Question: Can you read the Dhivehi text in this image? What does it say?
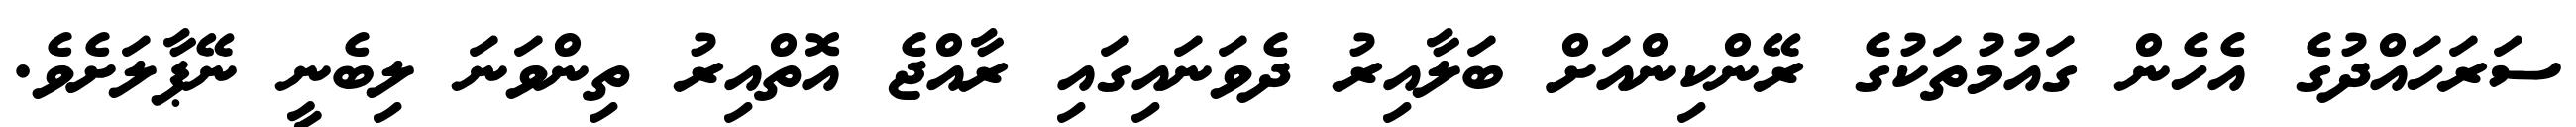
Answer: ސަރަހައްދުގެ އެހެން ގައުމުތަކުގެ ރޭންކިންއަށް ބަލާއިރު ދެވަނައިގައި ރާއްޖެ އޮތްއިރު ތިންވަނަ ލިބެނީ ނޭޕާލަށެވެ.